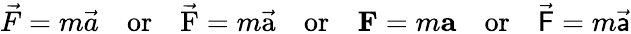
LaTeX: \vec{F}=m\vec{a}\quad\textrm{or}\quad\vec{\mathrm{F}}=m\vec{\mathrm{a}}\quad\textrm{or}\quad\mathbf{F}=m\mathbf{a}\quad\textrm{or}\quad\vec{\mathsf{F}}=m\vec{\mathsf{a}}